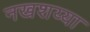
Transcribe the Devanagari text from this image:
नखशय्या